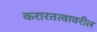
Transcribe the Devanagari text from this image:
करारतत्वावरील